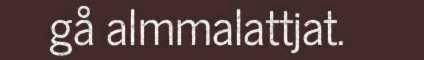
gå almmalattjat.